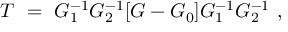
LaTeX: T \ = \ G _ { 1 } ^ { - 1 } G _ { 2 } ^ { - 1 } [ G - G _ { 0 } ] G _ { 1 } ^ { - 1 } G _ { 2 } ^ { - 1 } \ ,